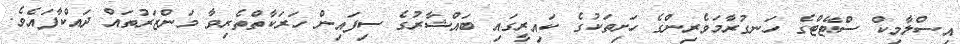
އިސްލާމިކް ސްޓޭޓްގެ ހަނގުރާމަވެރިންގެ ހަށިތަކުގެ ކައިރީގައި ބައްޝާރުގެ ސިފައިން ހަރަކާތްތެރިވާ މަންޒަރުތައް ދައްކާފައެވެ.